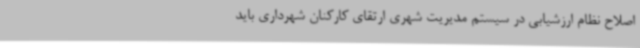
اصلاح نظام ارزشیابی در سیستم مدیریت شهری ارتقای کارکنان شهرداری باید